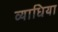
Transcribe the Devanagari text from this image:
व्याधिया